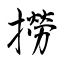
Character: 撈